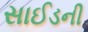
સાઈડની